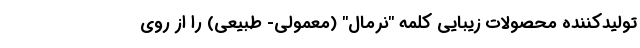
تولیدکننده محصولات زیبایی کلمه "نرمال" (معمولی- طبیعی) را از روی